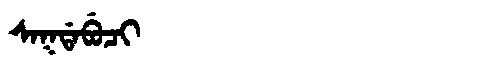
Manchu: ᠰᠠᡴᡩᠠᠪᡠᠴᡳ
Romanization: SAKDABUCI